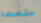
مفخخة